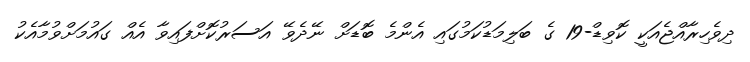
ދިވެހިރާއްޖެއަކީ ކޮވިޑް-19 ގެ ބަލިމަޑުކަމުގައި އެންމެ ބޮޑަށް ނޭދެވޭ އަސަރުކޮށްފައިވާ އެއް ގައުމަށްވުމާއެކު